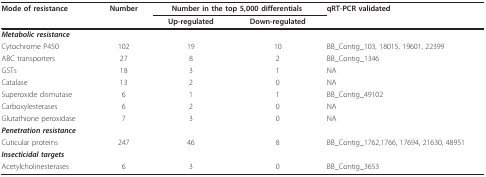
| Mode of resistance | Number | <COLSPAN=2> Number in the top 5,000 differentials | qRT-PCR validated |
 |  |  | Up-regulated | Down-regulated |  |
 | --- | --- | --- | --- | --- |
 | Metabolic resistance |  |  |  |  |
 | Cytochrome P450 | 102 | 19 | 10 | BB_Contig_103, 18015, 19601, 22399 |
 | ABC transporters | 27 | 8 | 2 | BB_Contig_1346 |
 | GSTs | 18 | 3 | 1 | NA |
 | Catalase | 13 | 2 | 0 | NA |
 | Superoxide dismutase | 6 | 1 | 1 | BB_Contig_49102 |
 | Carboxylesterases | 6 | 2 | 0 | NA |
 | Glutathione peroxidase | 7 | 3 | 0 | NA |
 | Penetration resistance |  |  |  |  |
 | Cuticular proteins | 247 | 46 | 8 | BB_Contig_1762,1766, 17694, 21630, 48951 |
 | Insecticidal targets |  |  |  |  |
 | Acetylcholinesterases | 6 | 3 | 0 | BB_Contig_3653 |